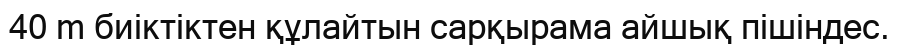
40 m биіктіктен құлайтын сарқырама айшық пішіндес.